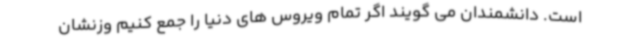
است. دانشمندان می گویند اگر تمام ویروس های دنیا را جمع کنیم وزنشان